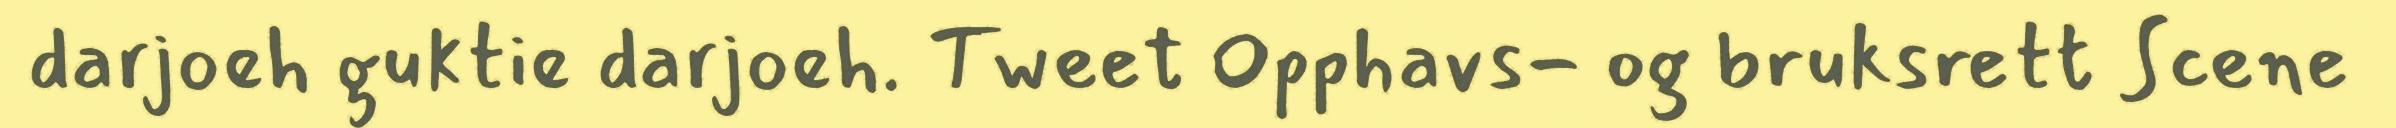
darjoeh guktie darjoeh. Tweet Opphavs- og bruksrett Scene